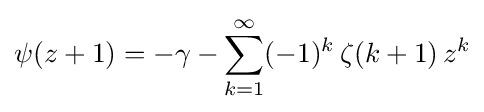
\psi (z+1)=-\gamma -\sum _{k=1}^{\infty }(-1)^{k}\,\zeta (k+1)\,z^{k}